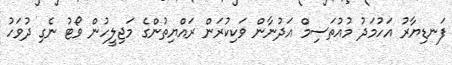
ފަނޑިޔާރު އަހުމަދު މުއުތަސިމް އަދުނާން ވަކިކުރަން ރައްޔިތުންގެ މަޖިލީހުން ވޯޓު ނެގި ދުވަހު